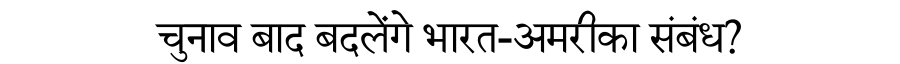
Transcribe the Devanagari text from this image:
चुनाव बाद बदलेंगे भारत-अमरीका संबंध?